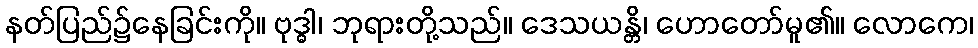
နတ်ပြည်၌နေခြင်းကို။ ဗုဒ္ဓါ၊ ဘုရားတို့သည်။ ဒေသယန္တိ၊ ဟောတော်မူ၏။ လောကေ၊